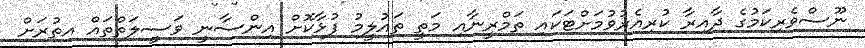
ނޫސްވެރިކަމުގެ ދާއިރާ ކުރިއެރުވުމަށްޓަކައި ތަމްރީނާއި މަތީ ތައުލީމު ފުޅާކޮށް އިންސާނީ ވަސީލަތްތައް އިތުރަށް